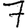
Digit: 7